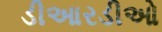
ડીઆરડીઓ